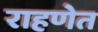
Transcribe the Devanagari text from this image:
राहणेत